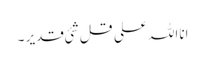
انااللہ علی قل شئی قدیر ۔